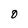
Character: O